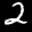
Label: 2